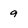
Character: 9